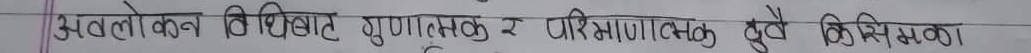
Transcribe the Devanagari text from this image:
अवलोकन विधिबाट गुणात्मक र परिमाणात्मक दुवै किसिमका